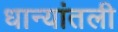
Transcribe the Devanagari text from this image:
धान्यांतली